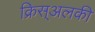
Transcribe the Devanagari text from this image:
क्रिस्अलकी